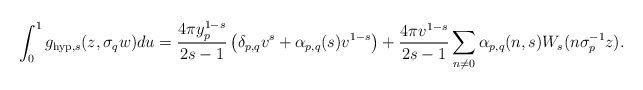
\begin{align*}\int_{0}^{1}g_{\mathrm{hyp},s}(z,\sigma_{q}w)du= \frac{4\pi y_{p}^{1-s}}{2s-1}\left(\delta_{p,q}v^{s} + \alpha_{p,q}(s)v^{1-s}\right)+\frac{4\pi v^{1-s}}{2s-1}\sum_{n\not = 0}\alpha_{p,q}(n,s)W_{s}(n\sigma_{p}^{-1}z).\end{align*}